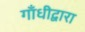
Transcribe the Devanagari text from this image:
गाँधीद्वारा